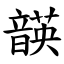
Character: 韺